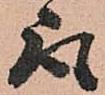
取